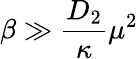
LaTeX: \beta\gg\frac{D_{2}}{\kappa}\mu^{2}